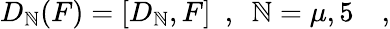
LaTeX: D_{\mathbb{N}}(F)=[D_{\mathbb{N}},F]~~,~~\mathbb{N}=\mu,5~~~~,